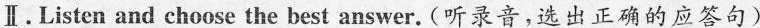
Ⅱ.Listen and choose the best answer.(听录音,选出正确的应答句)